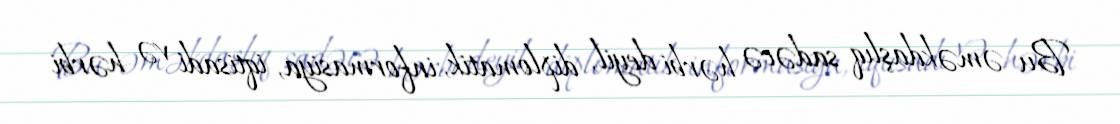
Bu əməkdaşlıq sadəcə hərbi deyil, diplomatik, informasiya, iqtisadi və hərbi